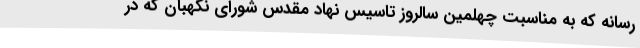
رسانه که به مناسبت چهلمین سالروز تاسیس نهاد مقدس شورای نگهبان که در